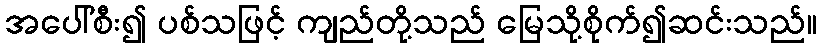
အပေါ်စီး၍ ပစ်သဖြင့် ကျည်တို့သည် မြေသို့စိုက်၍ဆင်းသည်။